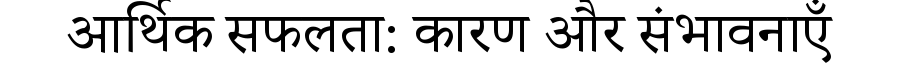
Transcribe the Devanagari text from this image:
आर्थिक सफलता: कारण और संभावनाएँ